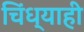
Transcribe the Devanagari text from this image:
चिंध्याही